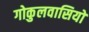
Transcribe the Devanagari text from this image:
गोकुलवासियों